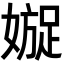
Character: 𡡍